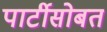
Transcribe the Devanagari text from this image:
पार्टीसोबत